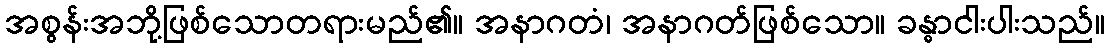
အစွန်းအဘို့ဖြစ်သောတရားမည်၏။ အနာဂတံ၊ အနာဂတ်ဖြစ်သော။ ခန္ဓာငါးပါးသည်။